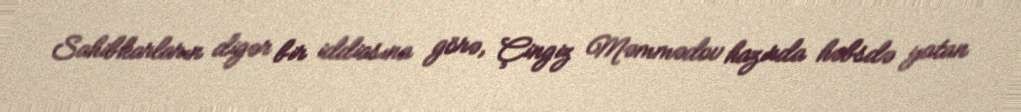
Sahibkarların digər bir iddiasına görə, Çingiz Məmmədov hazırda həbsdə yatan